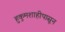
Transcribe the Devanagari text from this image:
हुकुमशाहीपासून